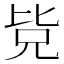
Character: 𭯊